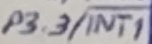
Text: P3.3/INT1